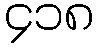
၄၁၈